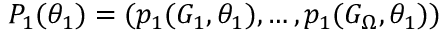
P _ { 1 } ( \theta _ { 1 } ) = ( p _ { 1 } ( G _ { 1 } , \theta _ { 1 } ) , \dots , p _ { 1 } ( G _ { \Omega } , \theta _ { 1 } ) )